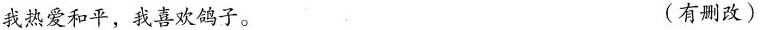
我热爱和平，我喜欢鸽子。 (有删改)